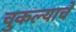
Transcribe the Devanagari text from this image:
चुकल्याचे